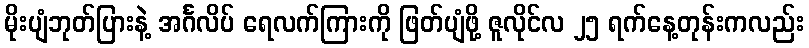
မိုးပျံဘုတ်ပြားနဲ့ အင်္ဂလိပ် ရေလက်ကြားကို ဖြတ်ပျံဖို့ ဇူလိုင်လ ၂၅ ရက်နေ့တုန်းကလည်း